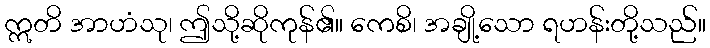
ဣတိ အာဟံသု၊ ဤသို့ဆိုကုန်၏။ ကေစိ၊ အချို့သော ရဟန်းတို့သည်။